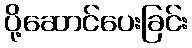
ပို့ဆောင်ပေးခြင်း